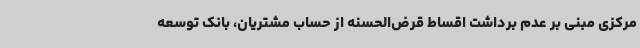
مرکزی مبنی بر عدم برداشت اقساط قرض‌الحسنه از حساب مشتریان، بانک توسعه